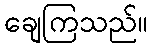
ချေကြသည်။